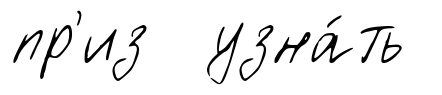
пр'из узна́ть